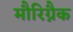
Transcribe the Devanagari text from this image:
मौरिग्नैक